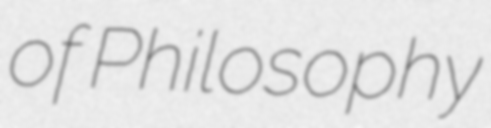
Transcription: of Philosophy